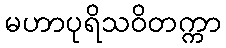
မဟာပုရိသဝိတက္ကာ